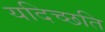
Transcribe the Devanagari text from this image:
यदिच्छति